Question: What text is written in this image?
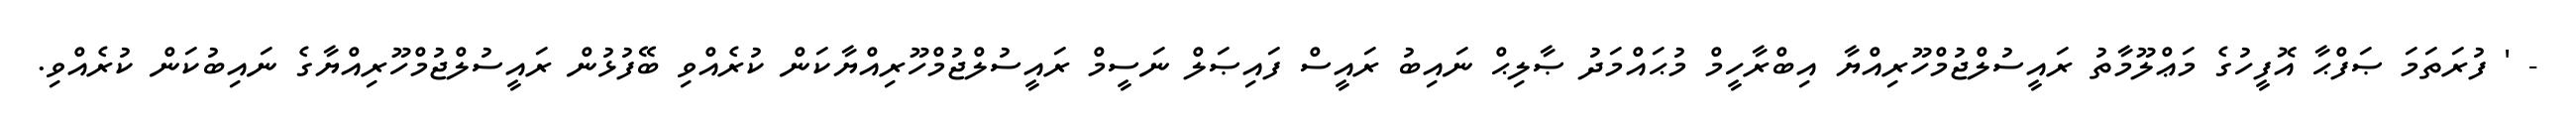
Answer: - ' ފުރަތަމަ ޞަފްޙާ އޮފީހުގެ މަޢްލޫމާތު ރައީސުލްޖުމްހޫރިއްޔާ އިބްރާހީމް މުޙައްމަދު ޞާލިޙް ނައިބު ރައީސް ފައިޞަލް ނަސީމް ރައީސުލްޖުމްހޫރިއްޔާކަން ކުރެއްވި ބޭފުޅުން ރައީސުލްޖުމްހޫރިއްޔާގެ ނައިބުކަން ކުރެއްވި.